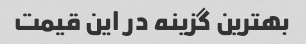
بهترین گزینه در این قیمت